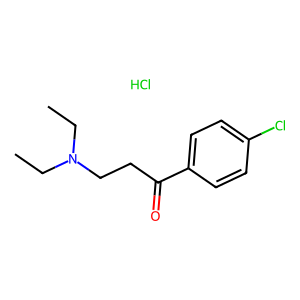
SMILES: CCN(CC)CCC(=O)c1ccc(Cl)cc1.Cl
Inhibits HIV replication: No